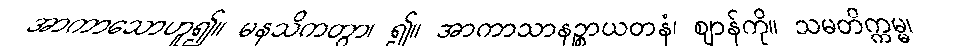
အာကာသောဟူ၍။ မနသိကတွာ၊ ၍။ အာကာသာနဉ္စာယတနံ၊ ဈာန်ကို။ သမတိက္ကမ္မ၊